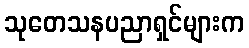
သုတေသနပညာရှင်များက